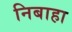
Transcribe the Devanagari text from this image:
निबाहा